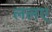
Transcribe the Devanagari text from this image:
ललए